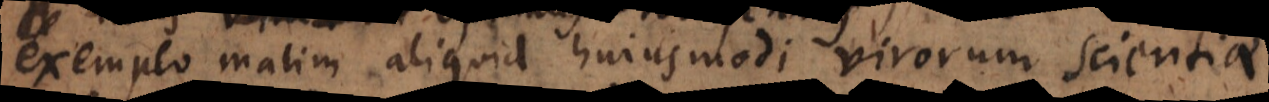
exemplo malim aliquid hujusmodi virorum doctrinae